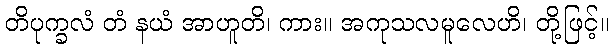
တိပုက္ခလံ တံ နယံ အာဟူတိ၊ ကား။ အကုသလမူလေဟိ၊ တို့ဖြင့်။